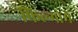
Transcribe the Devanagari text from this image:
फिल्मोमें